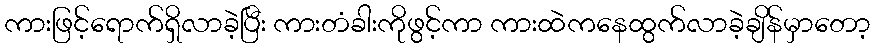
ကားဖြင့်ရောက်ရှိလာခဲ့ပြီး ကားတံခါးကိုဖွင့်ကာ ကားထဲကနေထွက်လာခဲ့ချိန်မှာတော့